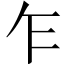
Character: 乍